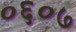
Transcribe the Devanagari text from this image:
०६०७